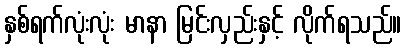
နှစ်ရက်လုံးလုံး မာနာ မြင်းလှည်းနှင့် လိုက်ရသည်။